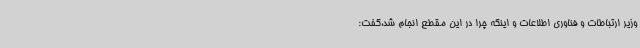
وزیر ارتباطات و فناوری اطلاعات و اینکه چرا در این مقطع انجام شد،گفت: